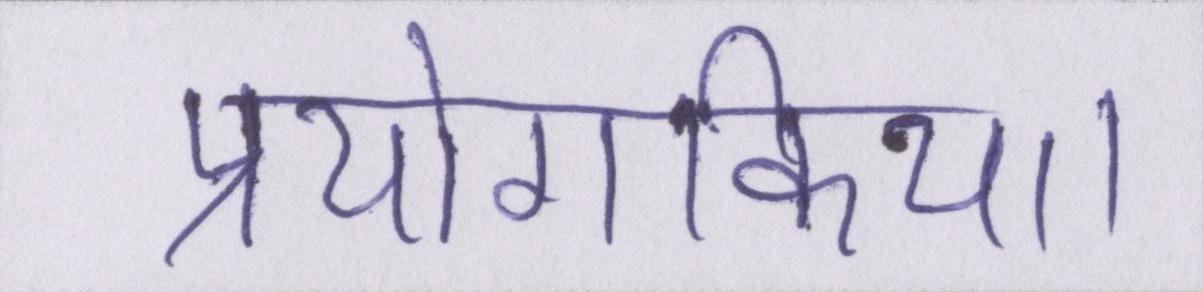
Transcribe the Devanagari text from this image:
प्रयोगकिया।